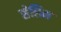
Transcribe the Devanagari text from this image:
सेलिम